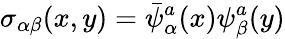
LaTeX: \sigma_{\alpha\beta}(x,y)=\bar{\psi}_{\alpha}^{a}(x)\psi_{\beta}^{a}(y)